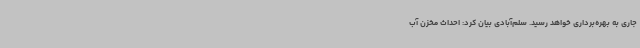
جاری به بهره‌برداری خواهد رسید. سلم‌آبادی بیان کرد: احداث مخزن آب